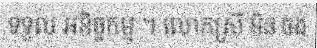
ទទួល អនិច្ចកម្ម ។ លោកស្រី មិន ចង់